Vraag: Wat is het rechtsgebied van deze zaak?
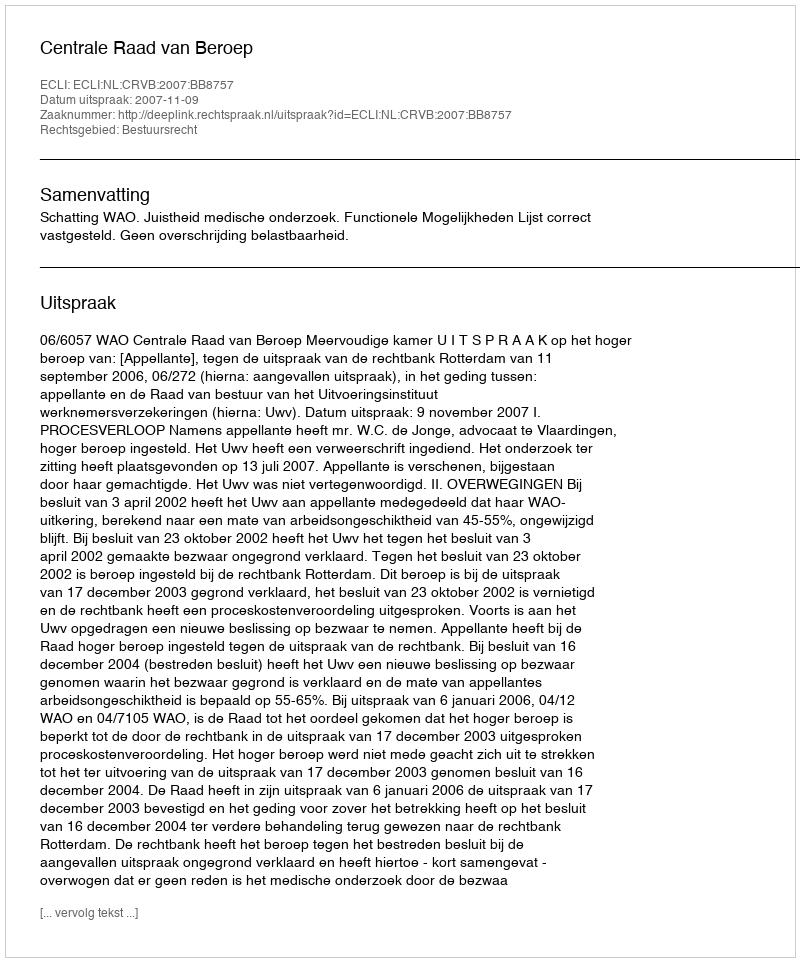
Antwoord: Bestuursrecht